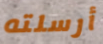
أرسلته